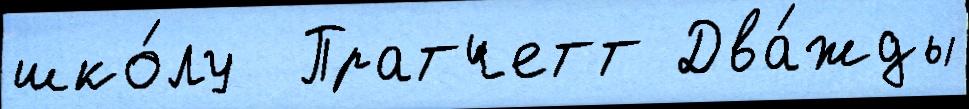
шко́лу  Пратчетт Два́жды